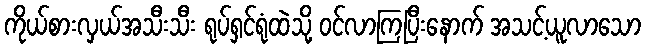
ကိုယ်စားလှယ်အသီးသီး ရုပ်ရှင်ရုံထဲသို့ ဝင်လာကြပြီးနောက် အသင့်ယူလာသော